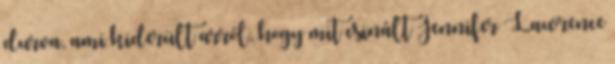
durva, ami kiderült arról, hogy mit csinált Jennifer Lawrence